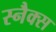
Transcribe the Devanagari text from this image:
स्‍नैक्‍स